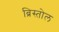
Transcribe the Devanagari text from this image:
ब्रिस्तोल